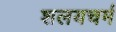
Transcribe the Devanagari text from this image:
शलयचर्म